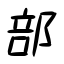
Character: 部